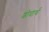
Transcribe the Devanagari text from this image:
शोघार्थ